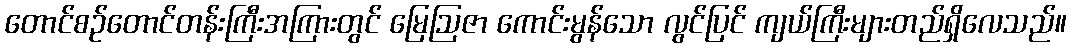
တောင်စဉ်တောင်တန်းကြီးအကြားတွင် မြေဩဇာ ကောင်းမွန်သော လွင်ပြင် ကျယ်ကြီးများတည်ရှိလေသည်။